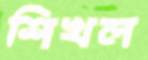
শিখল